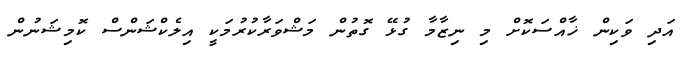
އަދި ވަކިން ޚާއްސަކޮށް މި ނިޒާމާ ގުޅޭ ގޮތުން މަޝްވަރާކުރުމަކީ އިލެކްޝަންސް ކޮމިޝަނުން